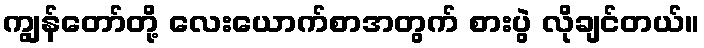
ကျွန်တော်တို့ လေးယောက်စာအတွက် စားပွဲ လိုချင်တယ်။